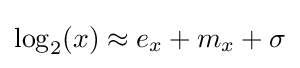
\log _{2}(x)\approx e_{x}+m_{x}+\sigma